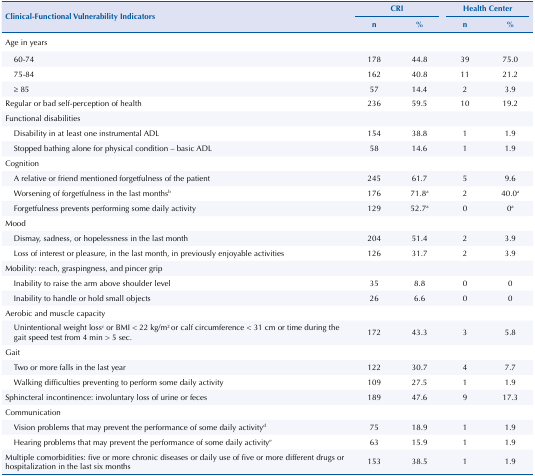
| <ROWSPAN=3> Clinical-Functional Vulnerability Indicators | <COLSPAN=2> CRI | <COLSPAN=2> Health Center |
 | n | % | n | % |
 | --- | --- | --- | --- | --- |
 | Age in years |  |  |  |  |
 | 60-74 | 178 | 44.8 | 39 | 75.0 |
 | 75-84 | 162 | 40.8 | 11 | 21.2 |
 | ≥ 85 | 57 | 14.4 | 2 | 3.9 |
 | Regular or bad self-perception of health | 236 | 59.5 | 10 | 19.2 |
 | Functional disabilities |  |  |  |  |
 | Disability in at least one instrumental ADL | 154 | 38.8 | 1 | 1.9 |
 | Stopped bathing alone for physical condition – basic ADL | 58 | 14.6 | 1 | 1.9 |
 | Cognition |  |  |  |  |
 | A relative or friend mentioned forgetfulness of the patient | 245 | 61.7 | 5 | 9.6 |
 | Worsening of forgetfulness in the last monthsb | 176 | 71.8a | 2 | 40.0a |
 | Forgetfulness prevents performing some daily activity | 129 | 52.7a | 0 | 0a |
 | Mood |  |  |  |  |
 | Dismay, sadness, or hopelessness in the last month | 204 | 51.4 | 2 | 3.9 |
 | Loss of interest or pleasure, in the last month, in previously enjoyable activities | 126 | 31.7 | 2 | 3.9 |
 | Mobility: reach, graspingness, and pincer grip |  |  |  |  |
 | Inability to raise the arm above shoulder level | 35 | 8.8 | 0 | 0 |
 | Inability to handle or hold small objects | 26 | 6.6 | 0 | 0 |
 | Aerobic and muscle capacity |  |  |  |  |
 | Unintentional weight lossc or BMI < 22 kg/m2 or calf circumference < 31 cm or time during the gait speed test from 4 min > 5 sec. | 172 | 43.3 | 3 | 5.8 |
 | Gait |  |  |  |  |
 | Two or more falls in the last year | 122 | 30.7 | 4 | 7.7 |
 | Walking difficulties preventing to perform some daily activity | 109 | 27.5 | 1 | 1.9 |
 | Sphincteral incontinence: involuntary loss of urine or feces | 189 | 47.6 | 9 | 17.3 |
 | Communication |  |  |  |  |
 | Vision problems that may prevent the performance of some daily activityd | 75 | 18.9 | 1 | 1.9 |
 | Hearing problems that may prevent the performance of some daily activitye | 63 | 15.9 | 1 | 1.9 |
 | Multiple comorbidities: five or more chronic diseases or daily use of five or more different drugs or hospitalization in the last six months | 153 | 38.5 | 1 | 1.9 |